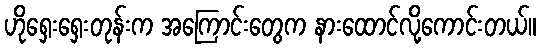
ဟိုရှေးရှေးတုန်းက အကြောင်းတွေက နားထောင်လို့ကောင်းတယ်။